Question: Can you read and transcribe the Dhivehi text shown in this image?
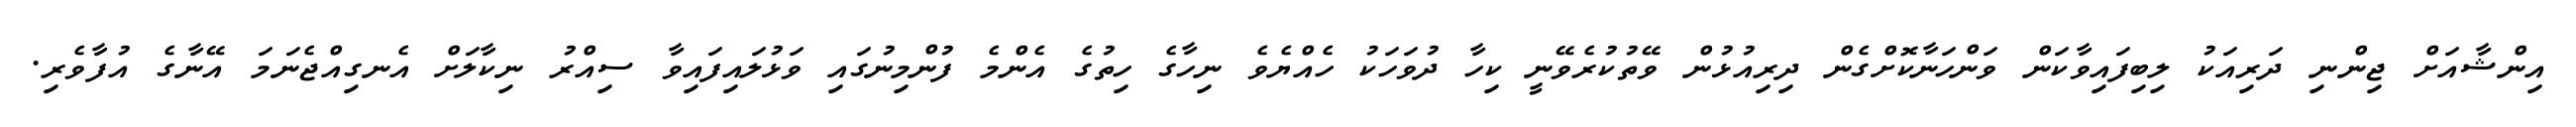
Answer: އިންޝާއަށް ޖިންނި ދަރިއަކު ލިބިފައިވާކަން ވަންހަނާކޮށްގެން ދިރިއުޅުން ވޭތުކުރެވޭނީ ކިހާ ދުވަހަކު ހެއްޔެވެ ނިހާގެ ހިތުގެ އެންމެ ފުންމިނުގައި ވަޅުލައިފައިވާ ސިއްރު ނިކާލަށް އެނގިއްޖެނަމަ އޭނާގެ އުފާވެރި.